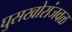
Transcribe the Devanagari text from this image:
घुसखोरांजवळ